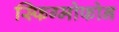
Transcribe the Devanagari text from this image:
स्फिग्मोफोन